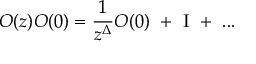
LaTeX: O ( z ) O ( 0 ) = { \frac { 1 } { z ^ { \Delta } } } O ( 0 ) ~ + ~ { \Large \mathrm { I } } ~ + ~ . . .